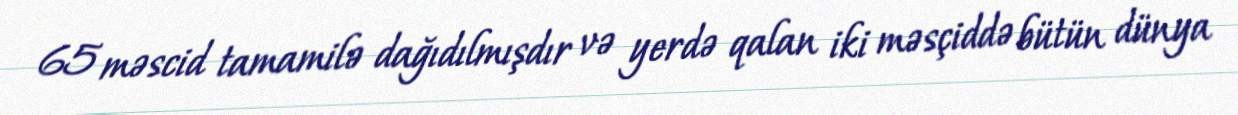
65 məscid tamamilə dağıdılmışdır və yerdə qalan iki məsçiddə bütün dünya